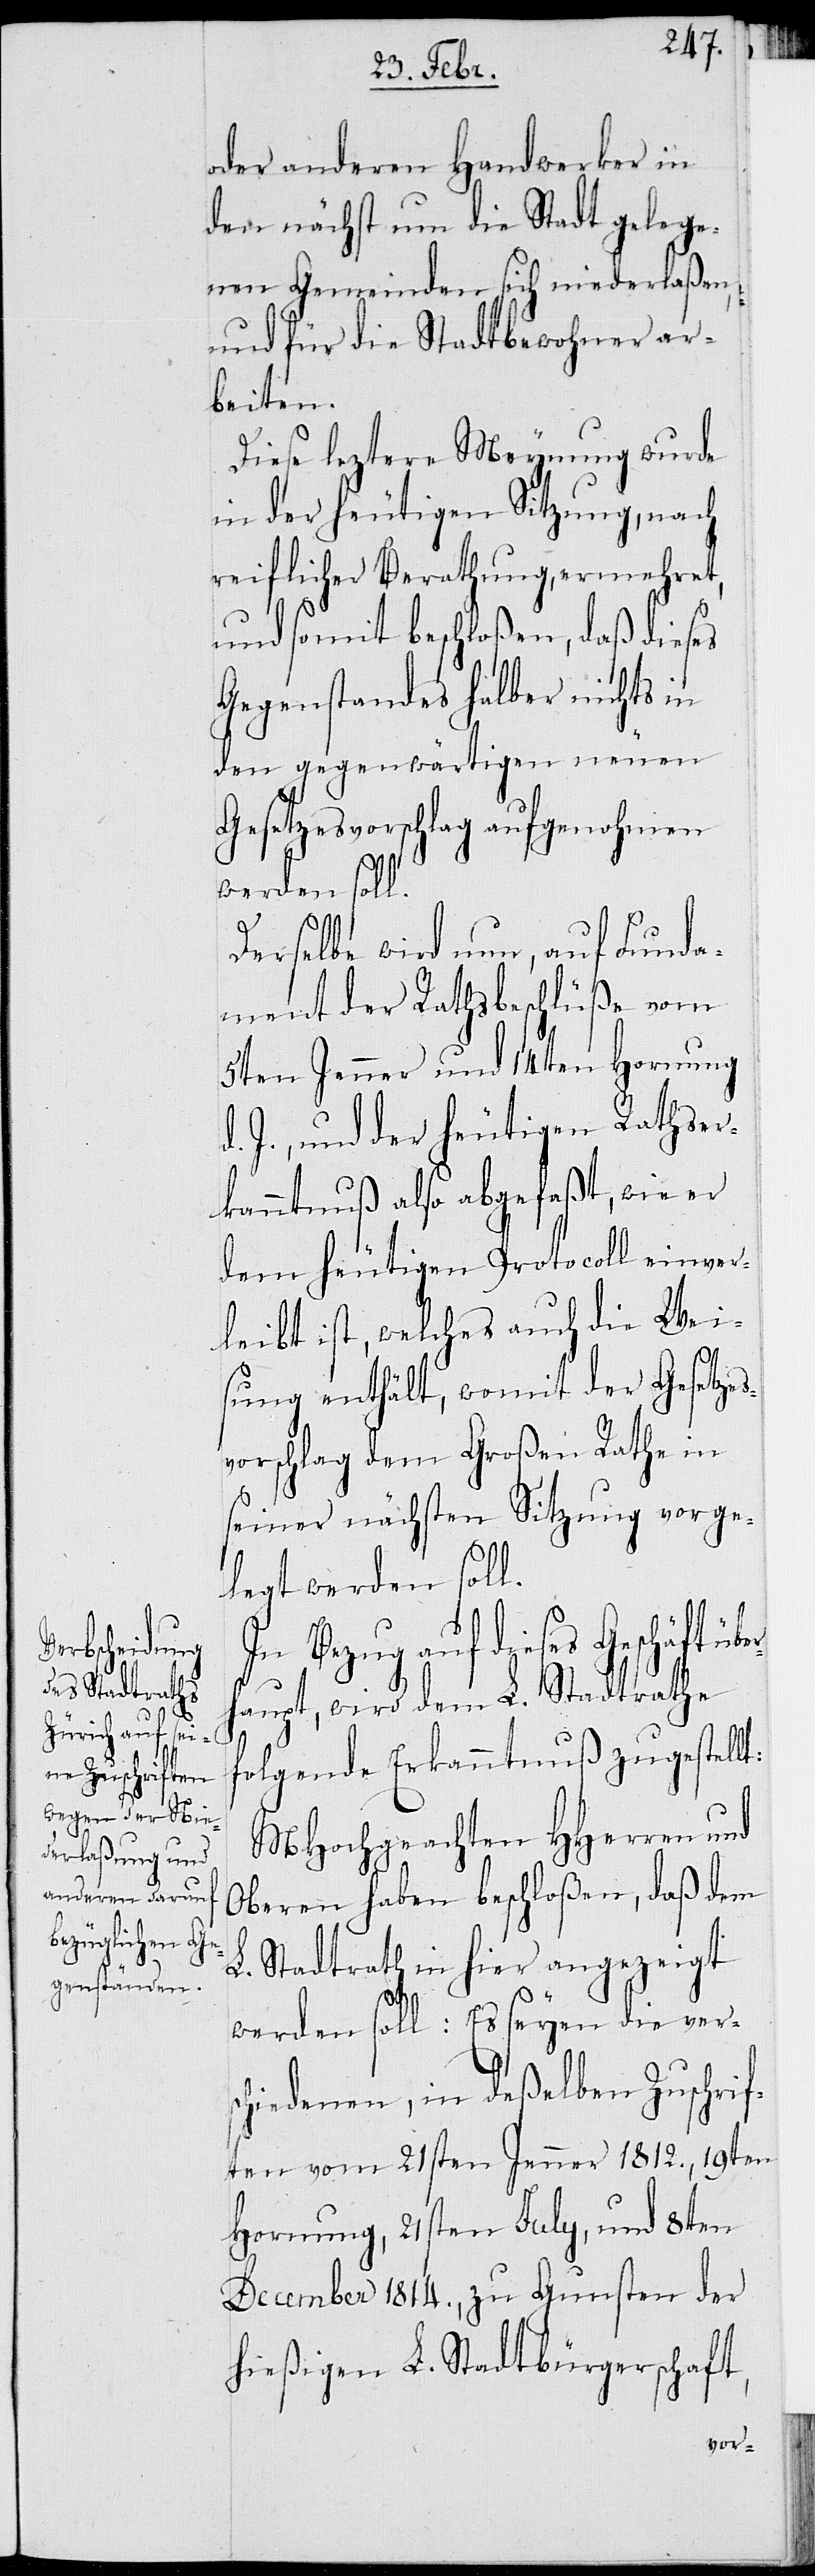
oder anderen Handwerker in
den nächst um die Stadt gelege¬
nen Gemeinden sich niederlaßen
und für die Stadtbewohner ar¬
beiten.
Diese leztere Meynung wurde
in der heutigen Sitzung, nach
reiflicher Berathung, ermehret,
und somit beschloßen, daß dieses
Gegenstandes halber nichts in
den gegenwärtigen neuen
Gesetzesvorschlag aufgenohmen
werden soll.
Derselbe wird nun, auf Funda¬
ment der Rathsbeschlüße vom
5ten Jenner und 14ten Hornung
J., und der heutigen Rathser¬
kenntnuß also abgefaßt, wie er
dem heutigen Protocoll einver¬
leibt ist, welches auch die Wei¬
sung enthält, womit der Gesetzes¬
vorschlag dem Großen Rathe in
seiner nächsten Sitzung vorge¬
legt werden soll.
In Bezug auf dieses Geschäft übe¬
aupt, wird dem L. Stadtrath
folgende Erkanntnuß zugestell¬
MHochgeachten HHerren und
Oberen haben beschloßen, daß dem
L. Stadtrath in hier angezeigt
werden soll: Es seyen die vers¬
chiedenen, in deßelben Zuschrif¬
ten vom 21sten Jenner 1812., 19ten
Hornung und 21sten July, und 8ten
December 1814., zu Gunsten der
hießigen L. Stadtbürgerschaft,

t: